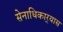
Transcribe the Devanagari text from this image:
सेनाधिकार्‍यास